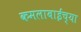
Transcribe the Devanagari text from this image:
कमलाबाईंच्या